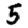
Digit: 5